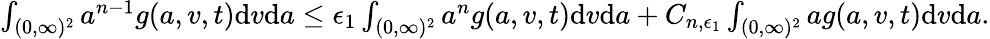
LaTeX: \begin{array}{r}{\int_{(0,\infty)^{2}}a^{n-1}g(a,v,t)\textup{d}v\textup{d}a\leq\epsilon_{1}\int_{(0,\infty)^{2}}a^{n}g(a,v,t)\textup{d}v\textup{d}a+C_{n,\epsilon_{1}}\int_{(0,\infty)^{2}}ag(a,v,t)\textup{d}v\textup{d}a.}\end{array}